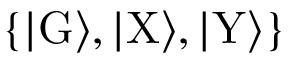
\{ | \mathrm { G } \rangle , | \mathrm { X } \rangle , | \mathrm { Y } \rangle \}